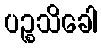
ပဉ္စသိခေါ